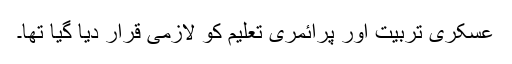
عسکری تربیت اور پرائمری تعلیم کو لازمی قرار دیا گیا تھا۔